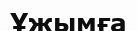
Ұжымға